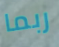
ربما